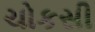
ચોકસી